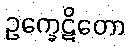
ဥက္ခေဋိတော